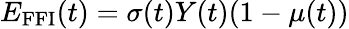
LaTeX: E_{\mathrm{FFI}}(t)=\sigma(t)Y(t)(1-\mu(t))